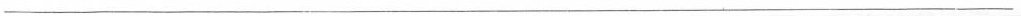
___